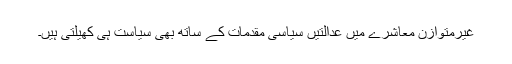
غیرمتوازن معاشرے میں عدالتیں سیاسی مقدمات کے ساتھ بھی سیاست ہی کھیلتی ہیں۔